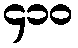
၄၁၀